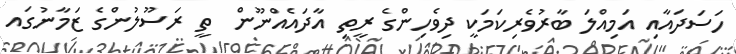
ހަސަދައާއި އަމިއްލަ ބާރުވެރިކަމަކީ ދިވެހިންގެ ރީތި އާދައެއްނޫން  ތީ ރަސޫލުންގެ ޒަމާނުގައ